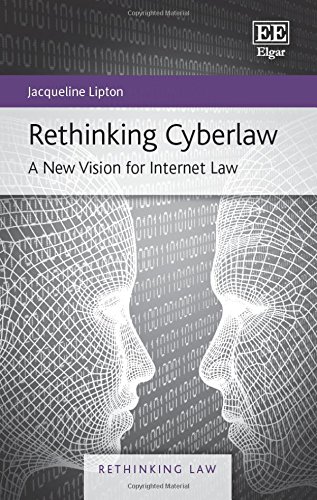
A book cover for Rethinking Cyberlaw: A New Vision for Internet Law (Rethinking Law series, #2); Jacqueline Lipton; Computers & Technology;